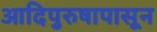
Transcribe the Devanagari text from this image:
आदिपुरुषापासून